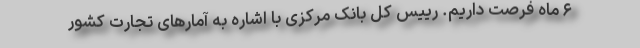
۶ ماه فرصت داریم. رییس کل بانک مرکزی با اشاره به آمار‌های تجارت کشور